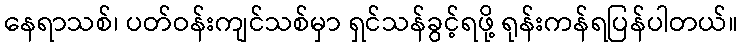
နေရာသစ်၊ ပတ်ဝန်းကျင်သစ်မှာ ရှင်သန်ခွင့်ရဖို့ ရုန်းကန်ရပြန်ပါတယ်။